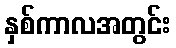
နှစ်ကာလအတွင်း